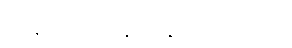
ဒိုင်နမိုလည်း နည်းနည်းထိသည်။